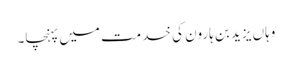
وہاں یزید بن ہارون کی خدمت میں پہنچا۔